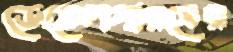
ডেভেলপারসের